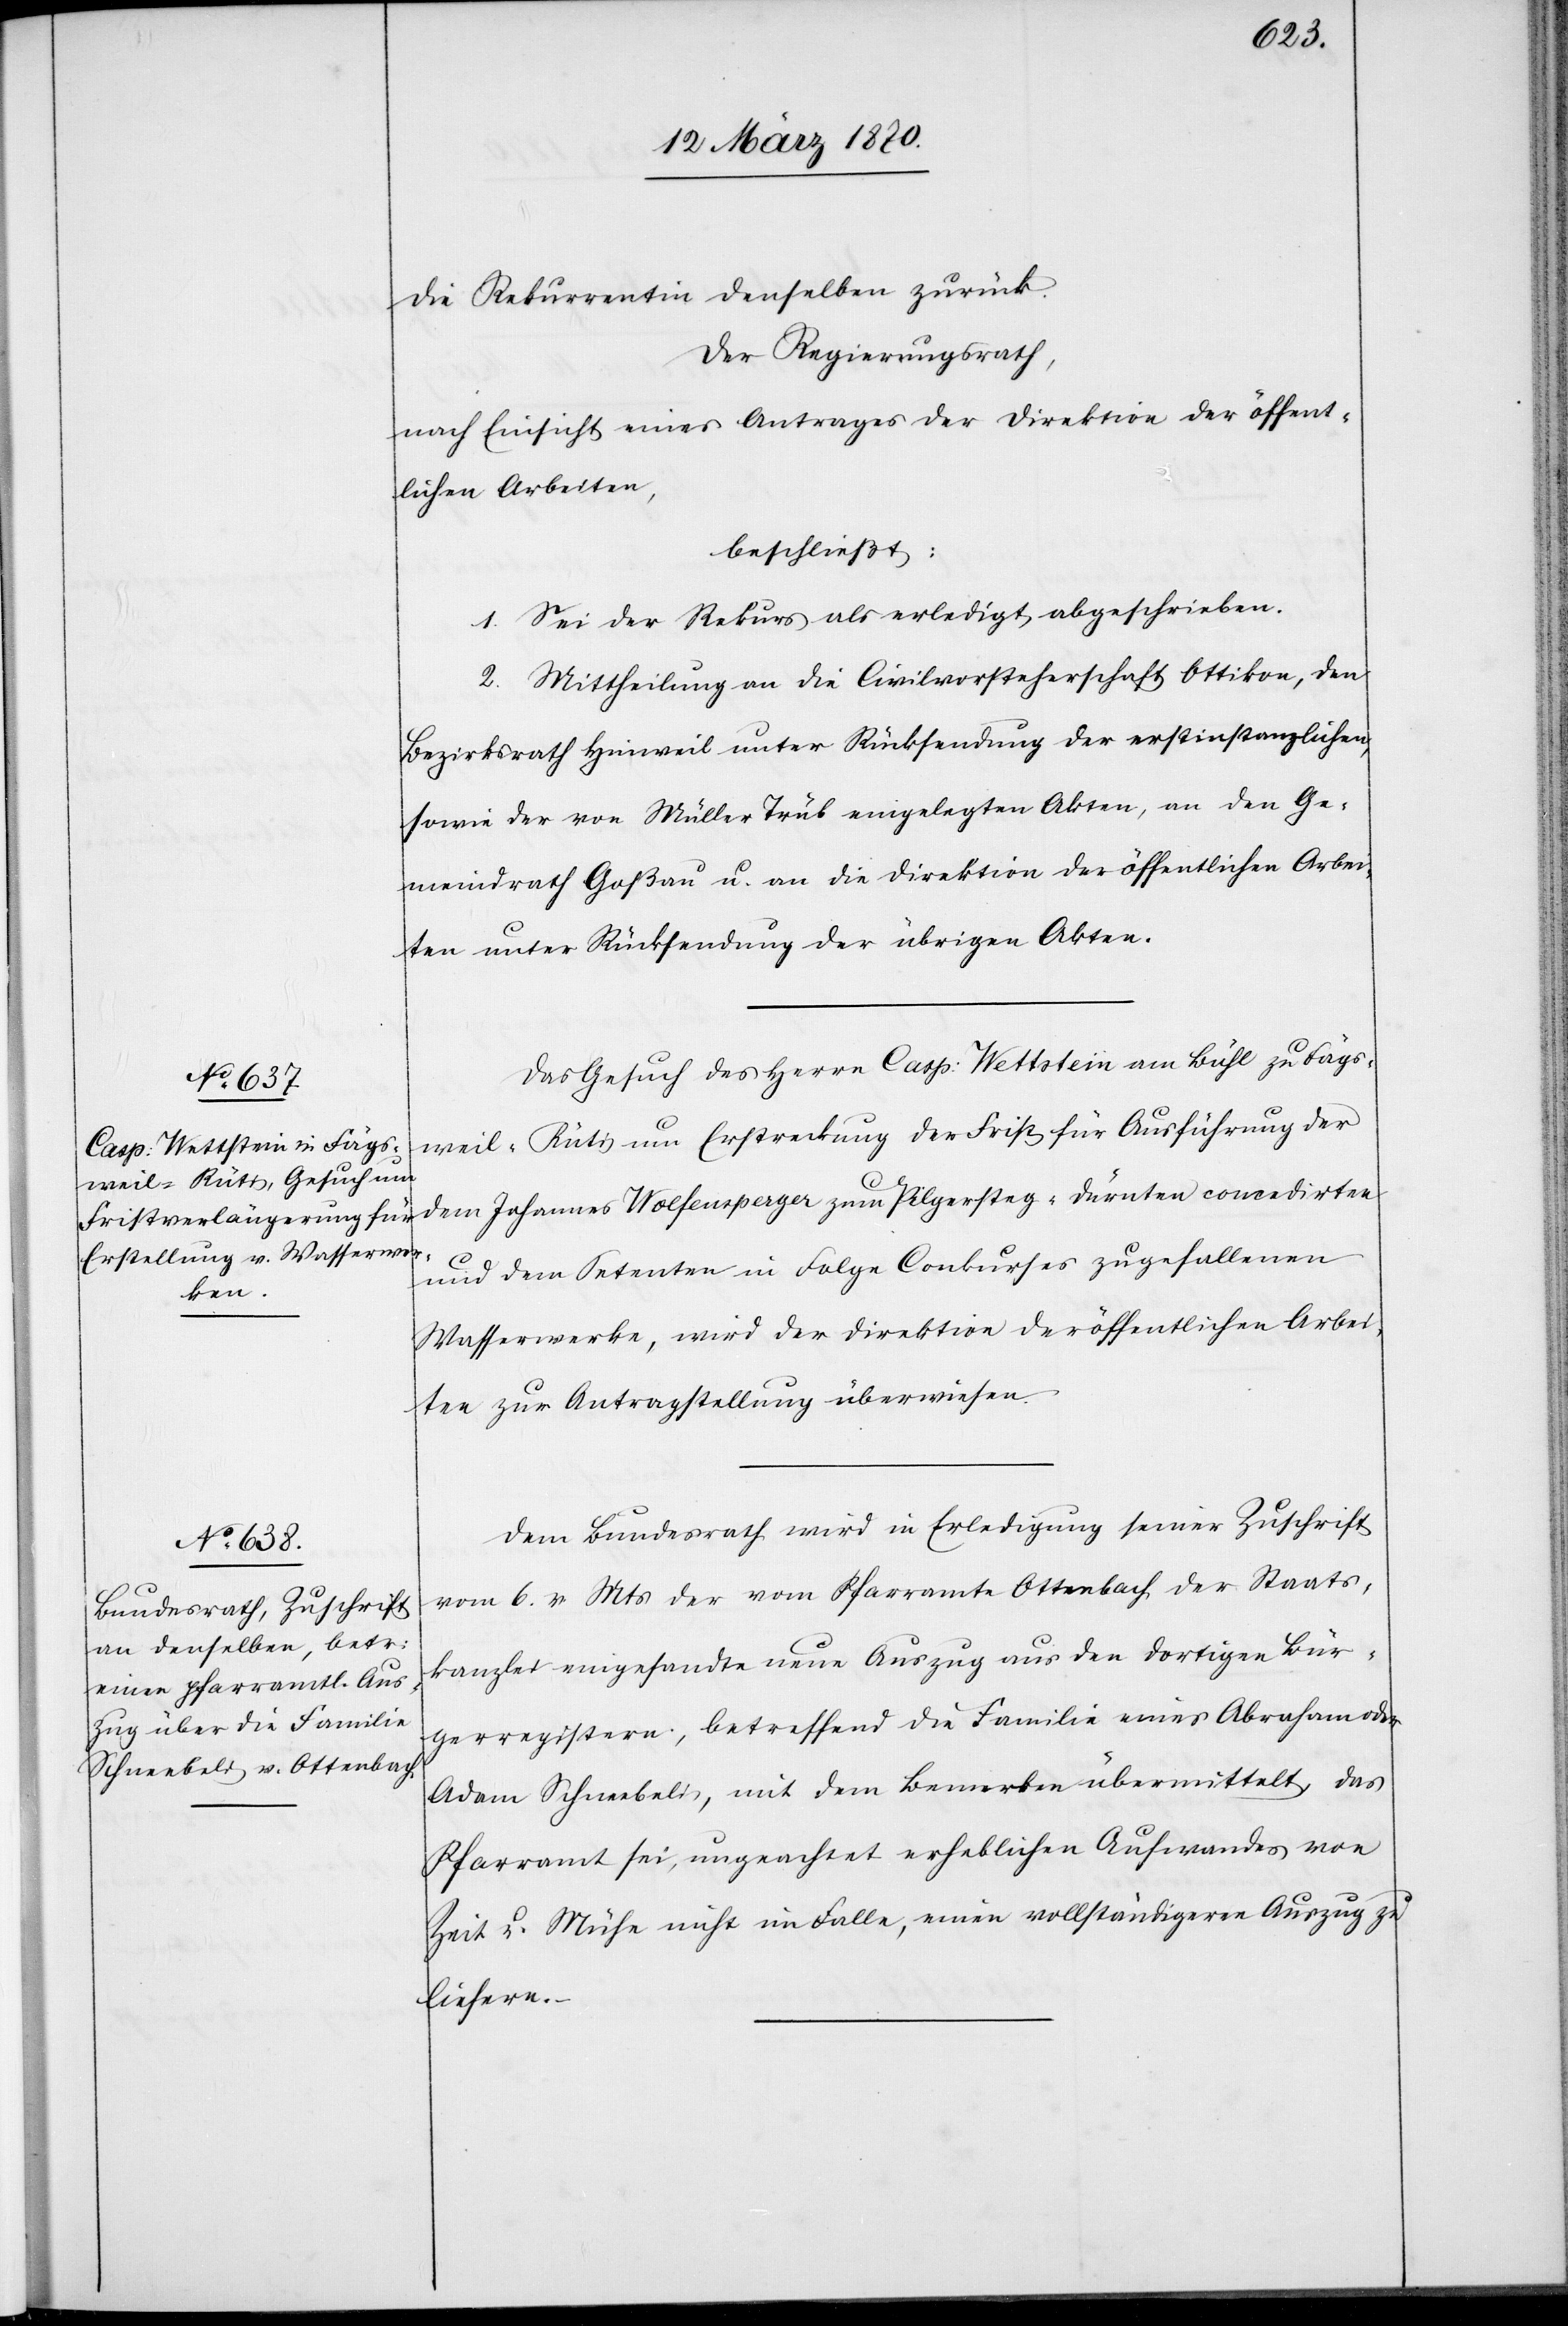
14 März 1870.]
die Rekurrentin denselben zurück.
Der Regierungsrath,
nach Einsicht eines Antrages der Direktion der öffent¬
lichen Arbeiten,
beschließt:
1. Sei der Rekurs als erledigt abgeschrieben.
2. Mittheilung an die Civilvorsteherschaft Ottikon, den
Bezirksrath Hinweil unter Rücksendung der erstinstanzlichen,
sowie der von Müller Trüb eingelegten Akten, an den Ge¬
meindrath Goßau u. an die Direktion der öffentlichen Arbei¬
ten unter Rücksendung der übrigen Akten.
Das Gesuch des Herrn Casp: Wettstein am Bühl zu Fägs¬
weil-Rüti um Erstreckung der Frist für Ausführung der
dem Johannes Wolfensperger zum Pilgersteg-Dürnten concedirten
und dem Petenten in Folge Conkurses zugefallenen
Wasserwerke, wird der Direktion der öffentlichen Arbei¬
ten zur Antragstellung überwiesen.
Dem Bundesrath wird in Erledigung seiner Zuschrift
vom 6. v Mts der vom Pfarramte Ottenbach der Staats¬
kanzlei eingesandte neue Auszug aus den dortigen Bür¬
gerregistern, betreffend die Familie eines Abraham oder
Adam Schneebeli, mit dem Bemerken übermittelt, das
Pfarramt sei, ungeachtet erheblichen Aufwandes von
Zeit u. Mühe nicht im Falle, einen vollständigeren Auszug zu
liefern.